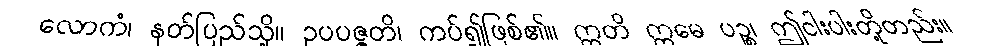
လောကံ၊ နတ်ပြည်သို့။ ဥပပဇ္ဇတိ၊ ကပ်၍ဖြစ်၏။ ဣတိ ဣမေ ပဉ္စ၊ ဤငါးပါးတို့တည်း။